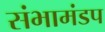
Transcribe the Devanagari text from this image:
संभामंडप